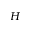
H